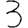
Digit: 3